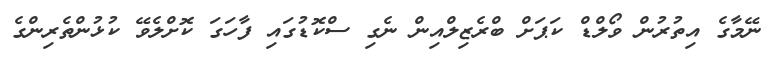
ނޭމާގެ އިތުރުން ވޯލްޑް ކަޕަށް ބްރެޒިލްއިން ނެގި ސްކޮޑުގައި ފާހަގަ ކޮށްލެވޭ ކުޅުންތެރިންގެ